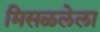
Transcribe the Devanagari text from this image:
मिसळलेला